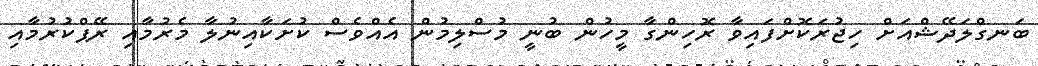
ބަނގްލަދޭޝްއަށް ހިޖުރަކޮށްފައިވާ ރޮހިންގާ މީހުން ބުނީ މުސްލިމުން އެއްވެސް ކުށަކާއިނުލާ މެރުމާއި ރޭޕްކުރުމާއި